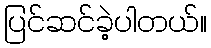
ပြင်ဆင်ခဲ့ပါတယ်။